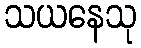
သယနေသု